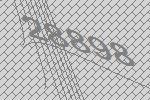
28898